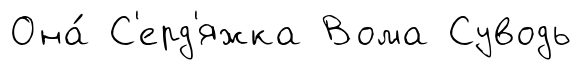
Она́ С'ерд'яжка Вома Суводь